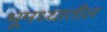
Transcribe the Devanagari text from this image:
भूमध्यातील